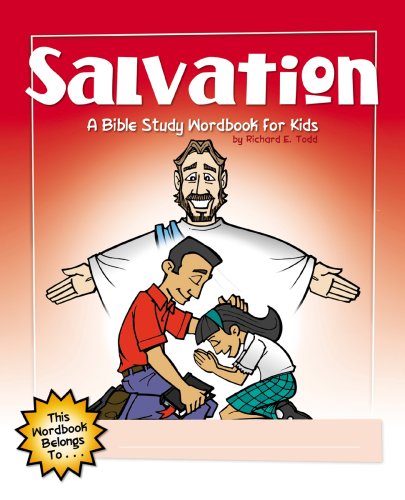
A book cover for Salvation: A Bible Study Wordbook for Kids (Children's Wordbooks); Richard E. Todd; Christian Books & Bibles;